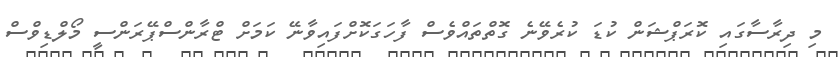
މި ދިރާސާގައި ކޮރަޕްޝަން ކުޑަ ކުރެވޭނެ ގޮތްތައްވެސް ފާހަގަކޮށްފައިވާނޭ ކަމަށް ޓްރާންސްޕޭރަންސީ މޯލްޑިވްސް